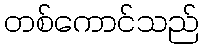
တစ်ကောင်သည်